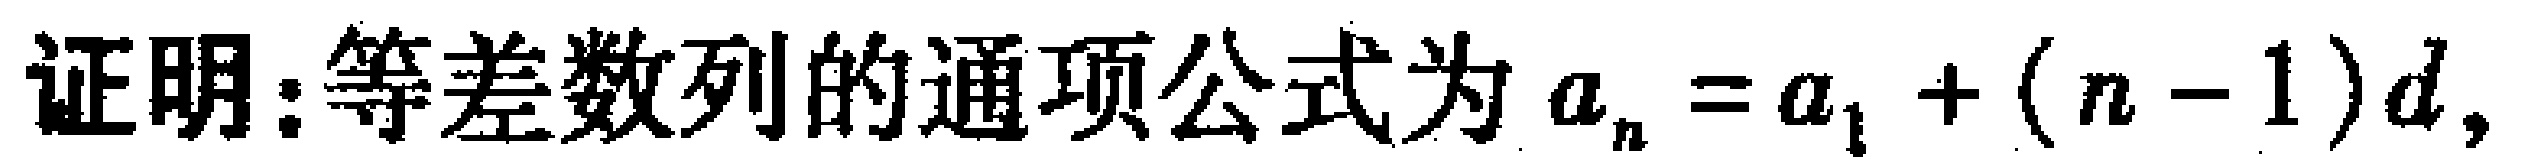
证明：等差数列的通项公式为\(a_{n}=a_{1}+(n - 1)d\)，